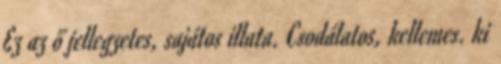
Ez az ő jellegzetes, sajátos illata. Csodálatos, kellemes. ki